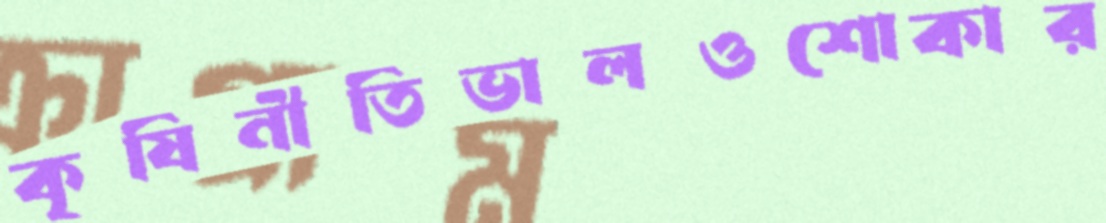
কৃষিনীতিভালওশোকার